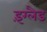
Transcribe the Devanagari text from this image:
इंग्‍लैड